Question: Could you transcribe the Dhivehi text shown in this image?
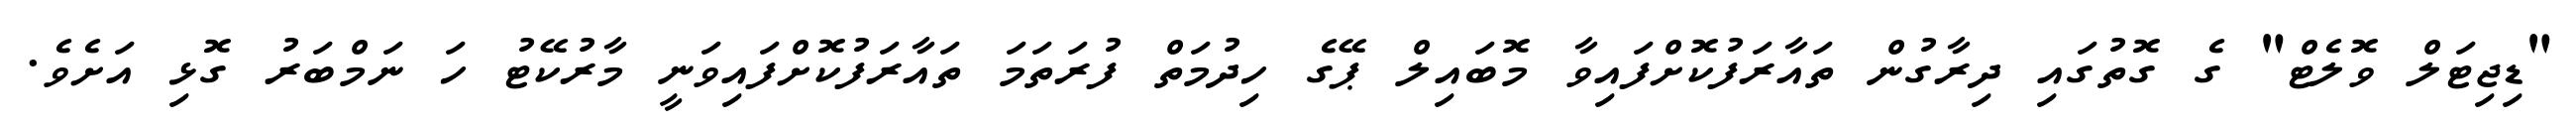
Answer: "ޑިޖިޓަލް ވޮލެޓް" ގެ ގޮތުގައި ދިރާގުން ތައާރަފުކޮށްފައިވާ މޮބައިލް ޕޭގެ ހިދުމަތް ފުރަތަމަ ތައާރަފުކޮށްފައިވަނީ މާރުކޭޓު ހަ ނަމްބަރު ގޮޅި އަށެވެ.